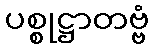
ပစ္စုဋ္ဌာတဗ္ဗံ